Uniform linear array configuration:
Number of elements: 32
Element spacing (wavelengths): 0.5
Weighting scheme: hann
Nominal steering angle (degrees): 45
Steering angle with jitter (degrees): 46.442
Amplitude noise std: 0.05
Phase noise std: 0.05

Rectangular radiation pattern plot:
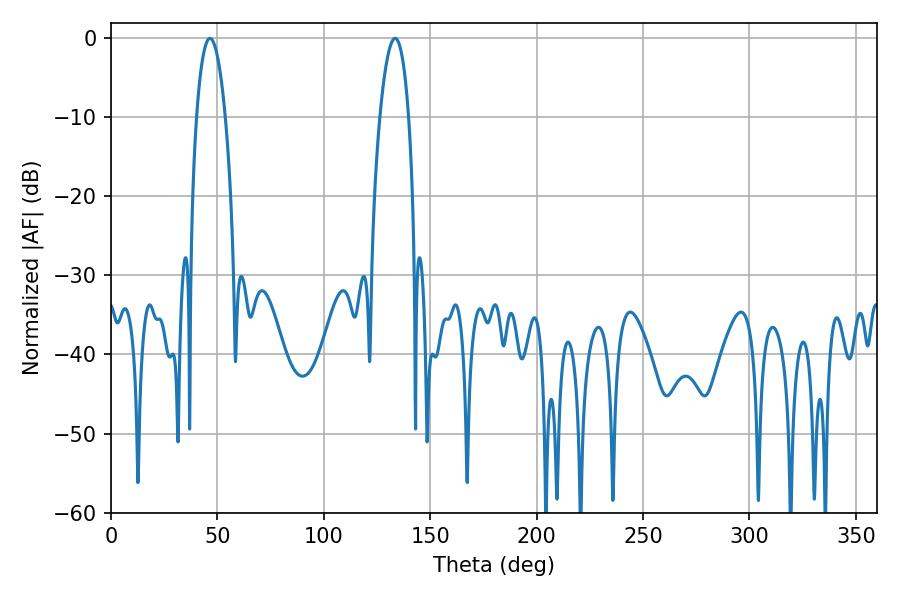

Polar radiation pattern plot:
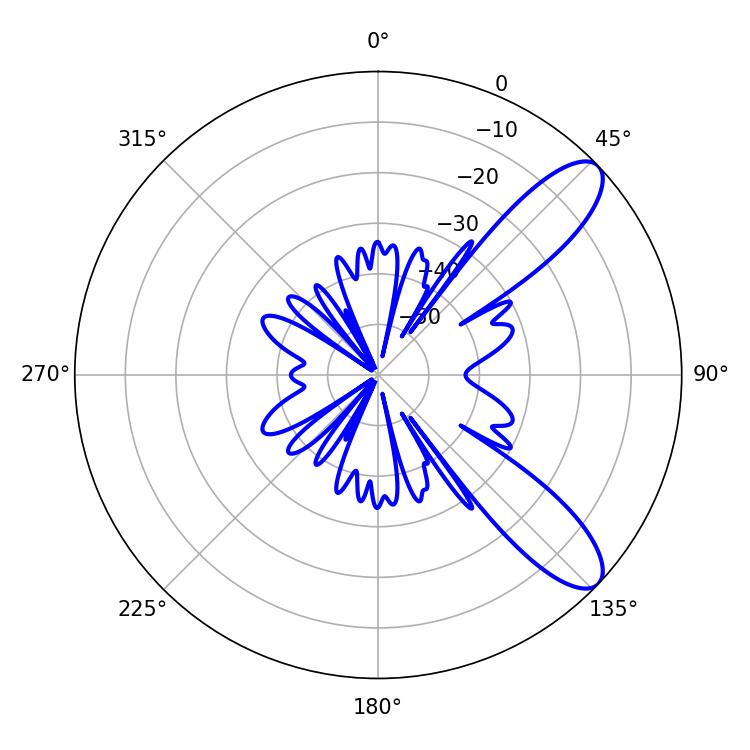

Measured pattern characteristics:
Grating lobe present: FALSE
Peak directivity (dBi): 9.902
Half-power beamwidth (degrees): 7.56
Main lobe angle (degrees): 46.44